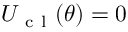
U _ { \mathrm { ~ c ~ l ~ } } ( \theta ) = 0